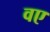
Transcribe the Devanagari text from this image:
वए